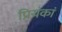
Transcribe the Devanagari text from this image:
प्रियंकां